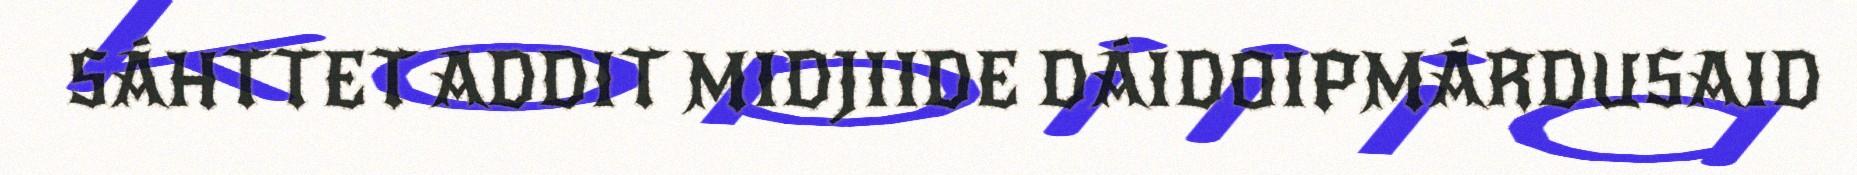
SÁHTTET ADDIT MIDJIIDE DÁIDOIPMÁRDUSAID